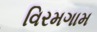
વિરમગામ